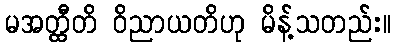
မအတ္ထီတိ ဝိညာယတိဟု မိန့်သတည်း။